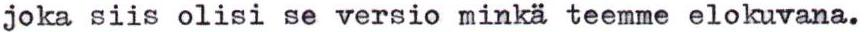
joka siis olisi se versio minkä teemme elokuvana.